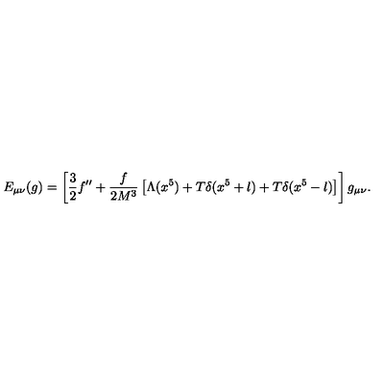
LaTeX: E _ { \mu \nu } ( g ) = \left[ \frac { 3 } { 2 } f ^ { \prime \prime } + \frac { f } { 2 M ^ { 3 } } \left[ \Lambda ( x ^ { 5 } ) + T \delta ( x ^ { 5 } + l ) + T \delta ( x ^ { 5 } - l ) \right] \right] g _ { \mu \nu } .